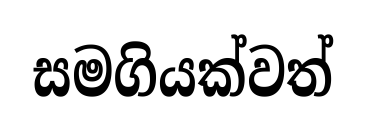
සමගියක්වත්